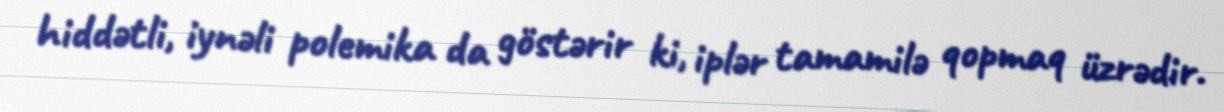
hiddətli, iynəli polemika da göstərir ki, iplər tamamilə qopmaq üzrədir.